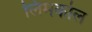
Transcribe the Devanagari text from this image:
लिमकोल